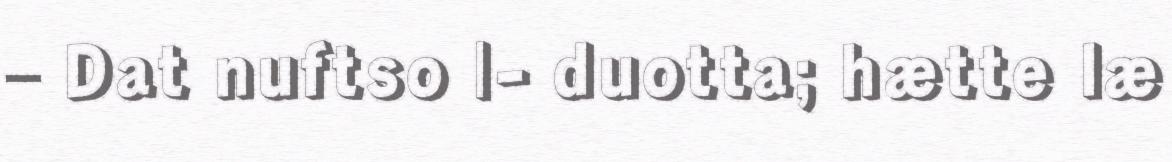
– Dat nuftso |- duotta; hætte læ